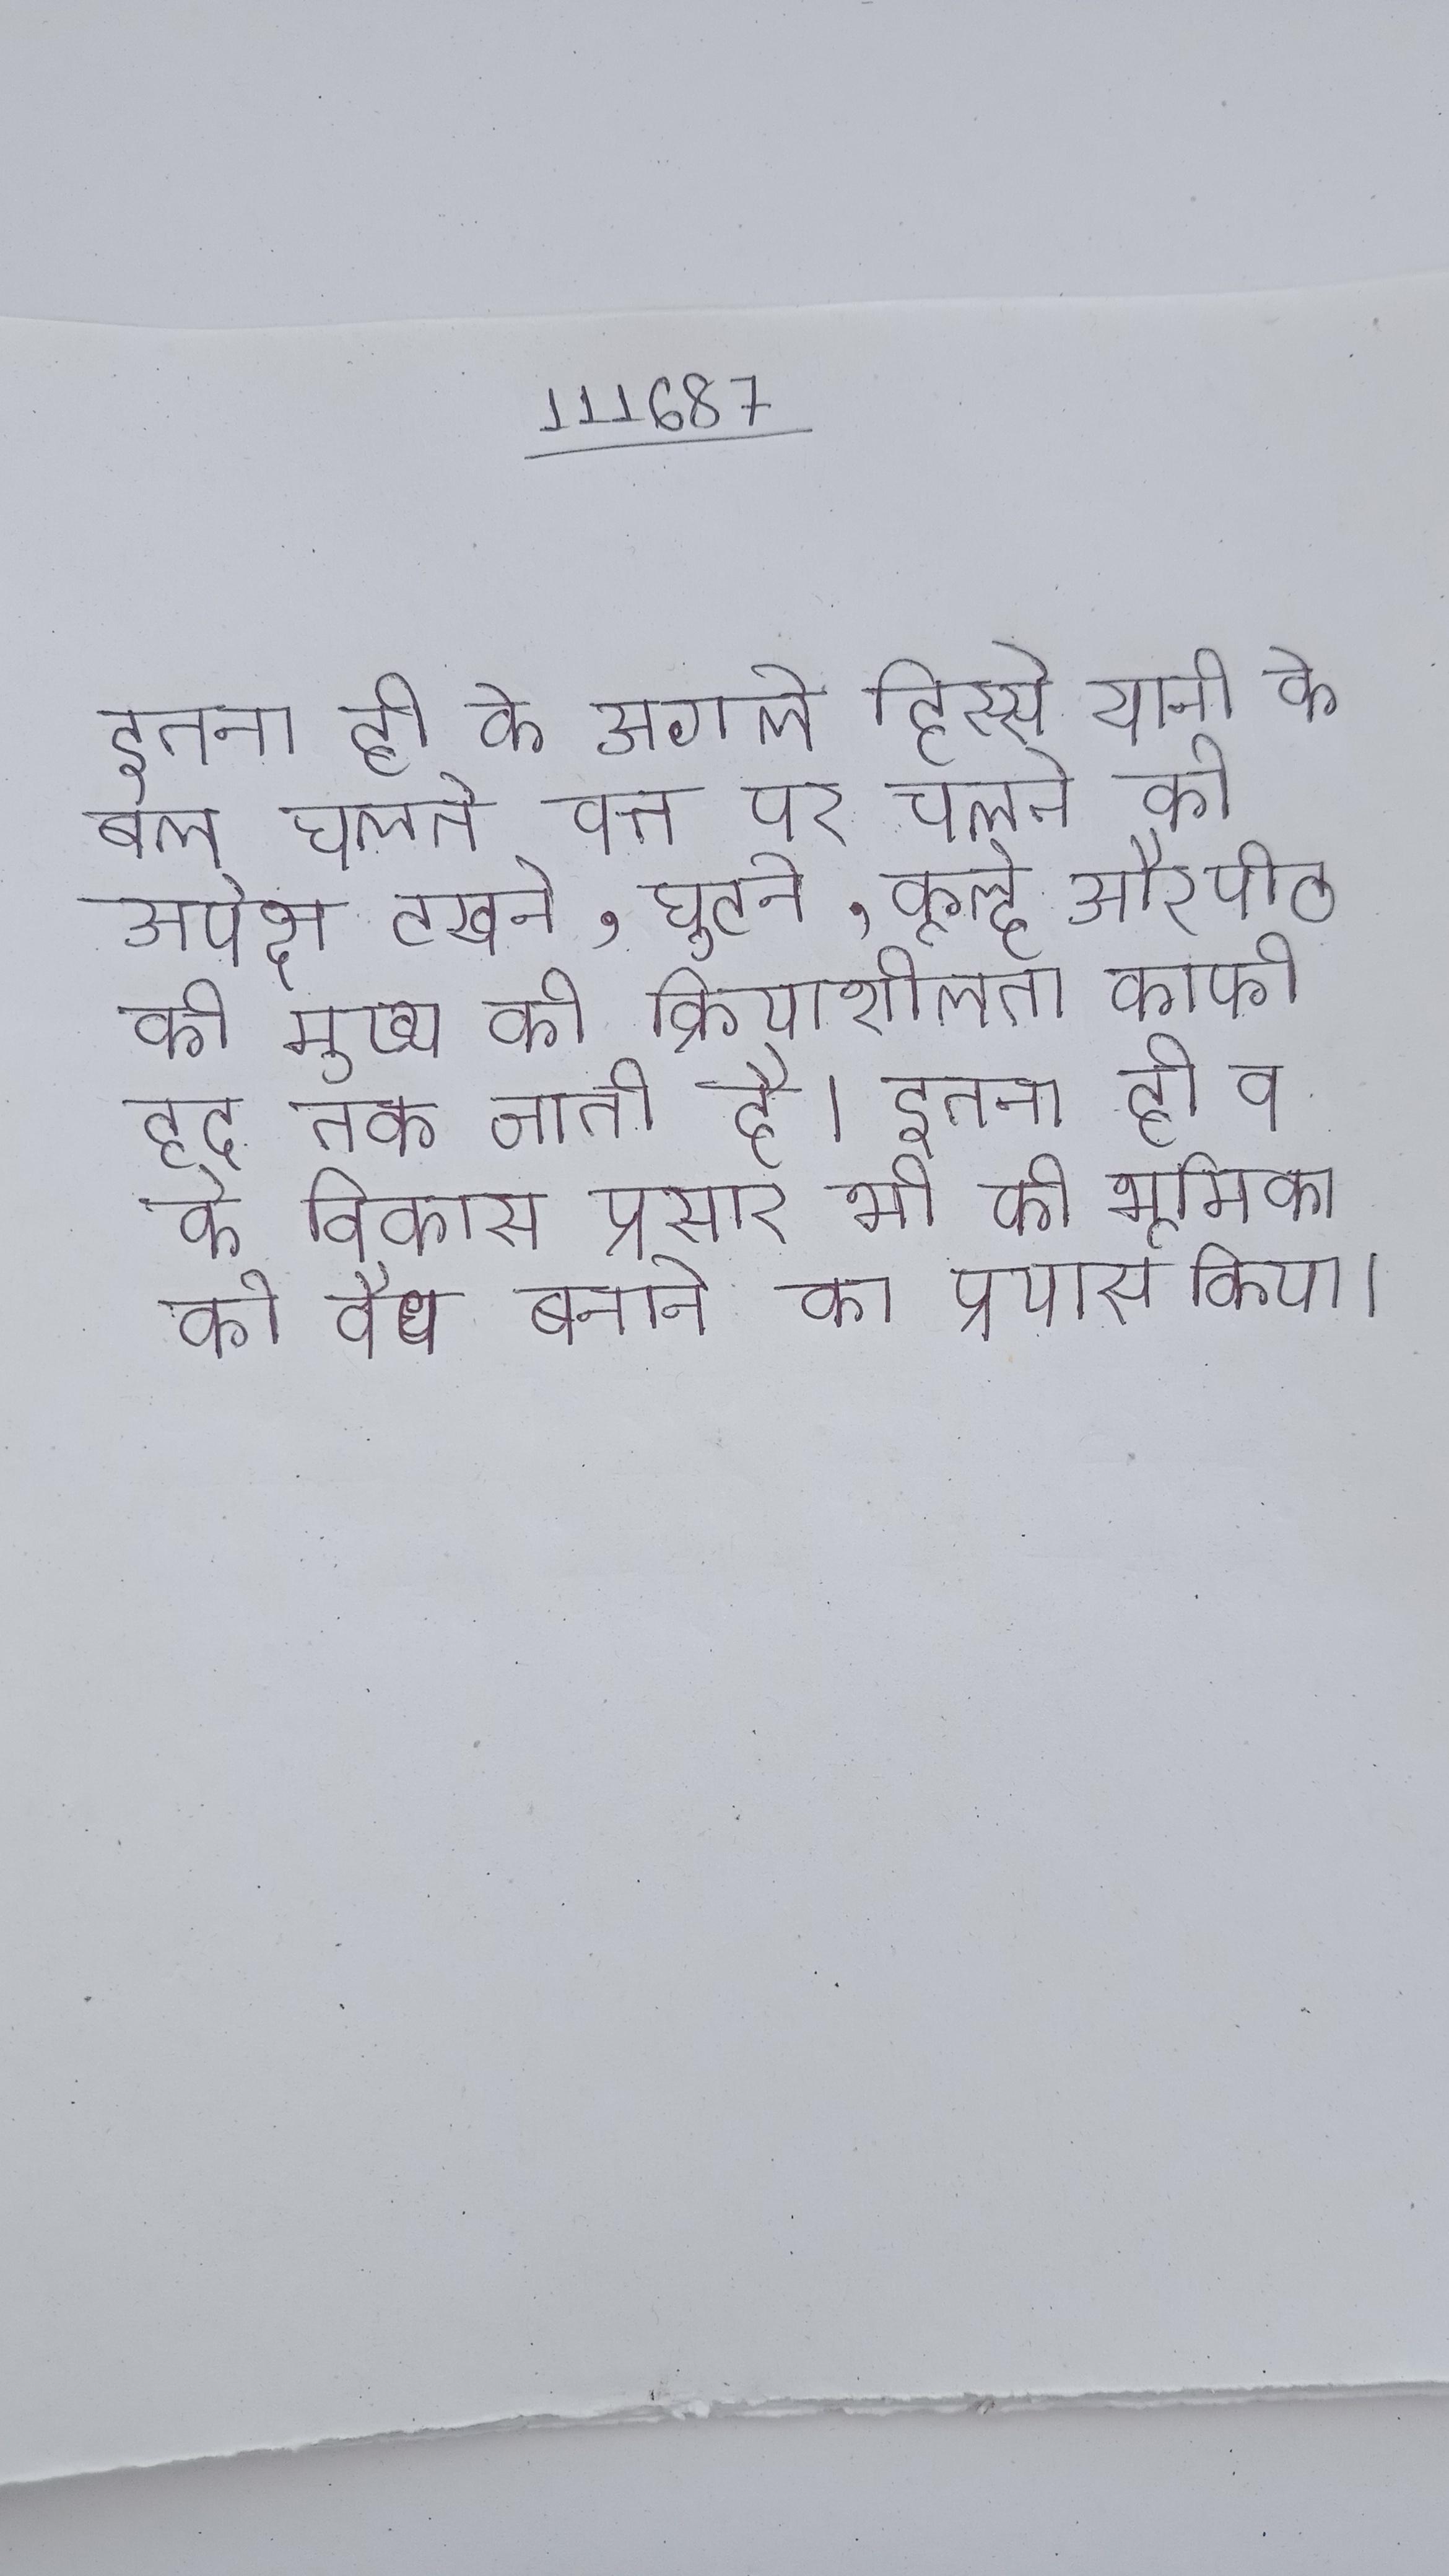
इतना ही के अगले हिस्से यानी के बल चलते वक्त पर चलने की अपेक्षा टखने, घुटने, कूल्हे और पीठ की मुख्य की क्रियाशीलता काफी हद तक जाती है । इतना ही व के विकास प्रसार भी की भूमिका को वैध बनाने का प्रयास किया ।